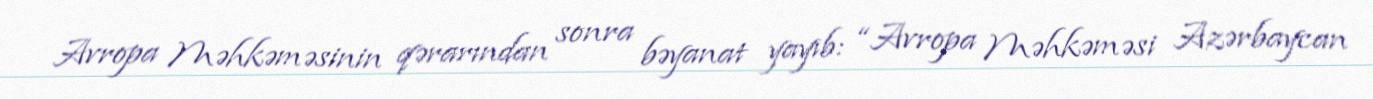
Avropa Məhkəməsinin qərarından sonra bəyanat yayıb: “Avropa Məhkəməsi Azərbaycan